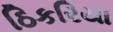
ઠિકરિયા